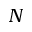
N